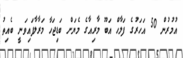
އުމުރުން 50 އަހަރުގެ ފަލާހް އަބޫ މާރިއާގެ މެޔަށް ބަޑިޖަހާ މަރާލާފައިވަނީ ބެއިތު